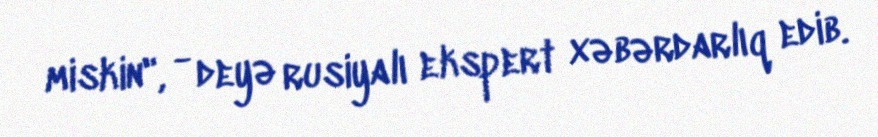
miskin", - deyə rusiyalı ekspert xəbərdarlıq edib.